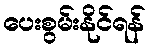
ပေးစွမ်းနိုင်ရန်